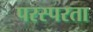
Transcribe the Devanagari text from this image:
परस्परता